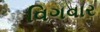
વિગવાર